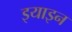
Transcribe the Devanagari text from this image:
इयाइन